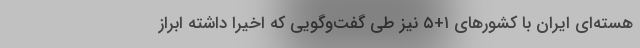
هسته‌ای ایران با کشورهای ۱+۵ نیز طی گفت‌وگویی که اخیرا داشته ابراز